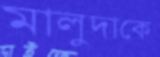
মালুদাকে